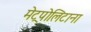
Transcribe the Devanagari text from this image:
मेट्रपोलिटाना